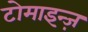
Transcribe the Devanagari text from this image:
टोमाइन्ज़